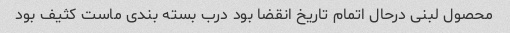
محصول لبنی درحال اتمام تاریخ انقضا بود درب بسته بندی ماست کثیف بود